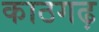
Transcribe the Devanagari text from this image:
काठगढ़